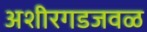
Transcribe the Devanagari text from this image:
अशीरगडजवळ